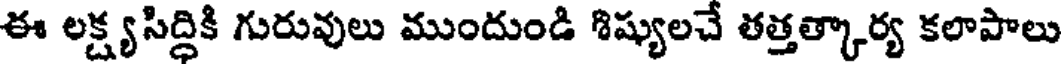
ఈ లక్ష్యసిద్ధికి గురువులు ముందుండి శిష్యులచే తత్తత్కార్య కలాపాలు